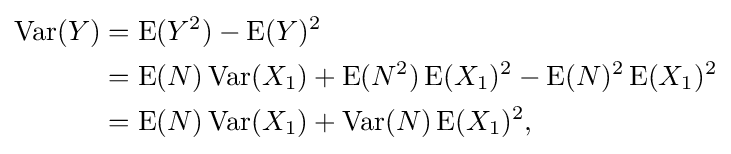
{\begin{aligned}\operatorname {Var} (Y)&=\operatorname {E} (Y^{2})-\operatorname {E} (Y)^{2}\\&=\operatorname {E} (N)\operatorname {Var} (X_{1})+\operatorname {E} (N^{2})\operatorname {E} (X_{1})^{2}-\operatorname {E} (N)^{2}\operatorname {E} (X_{1})^{2}\\&=\operatorname {E} (N)\operatorname {Var} (X_{1})+\operatorname {Var} (N)\operatorname {E} (X_{1})^{2},\end{aligned}}